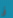
فى